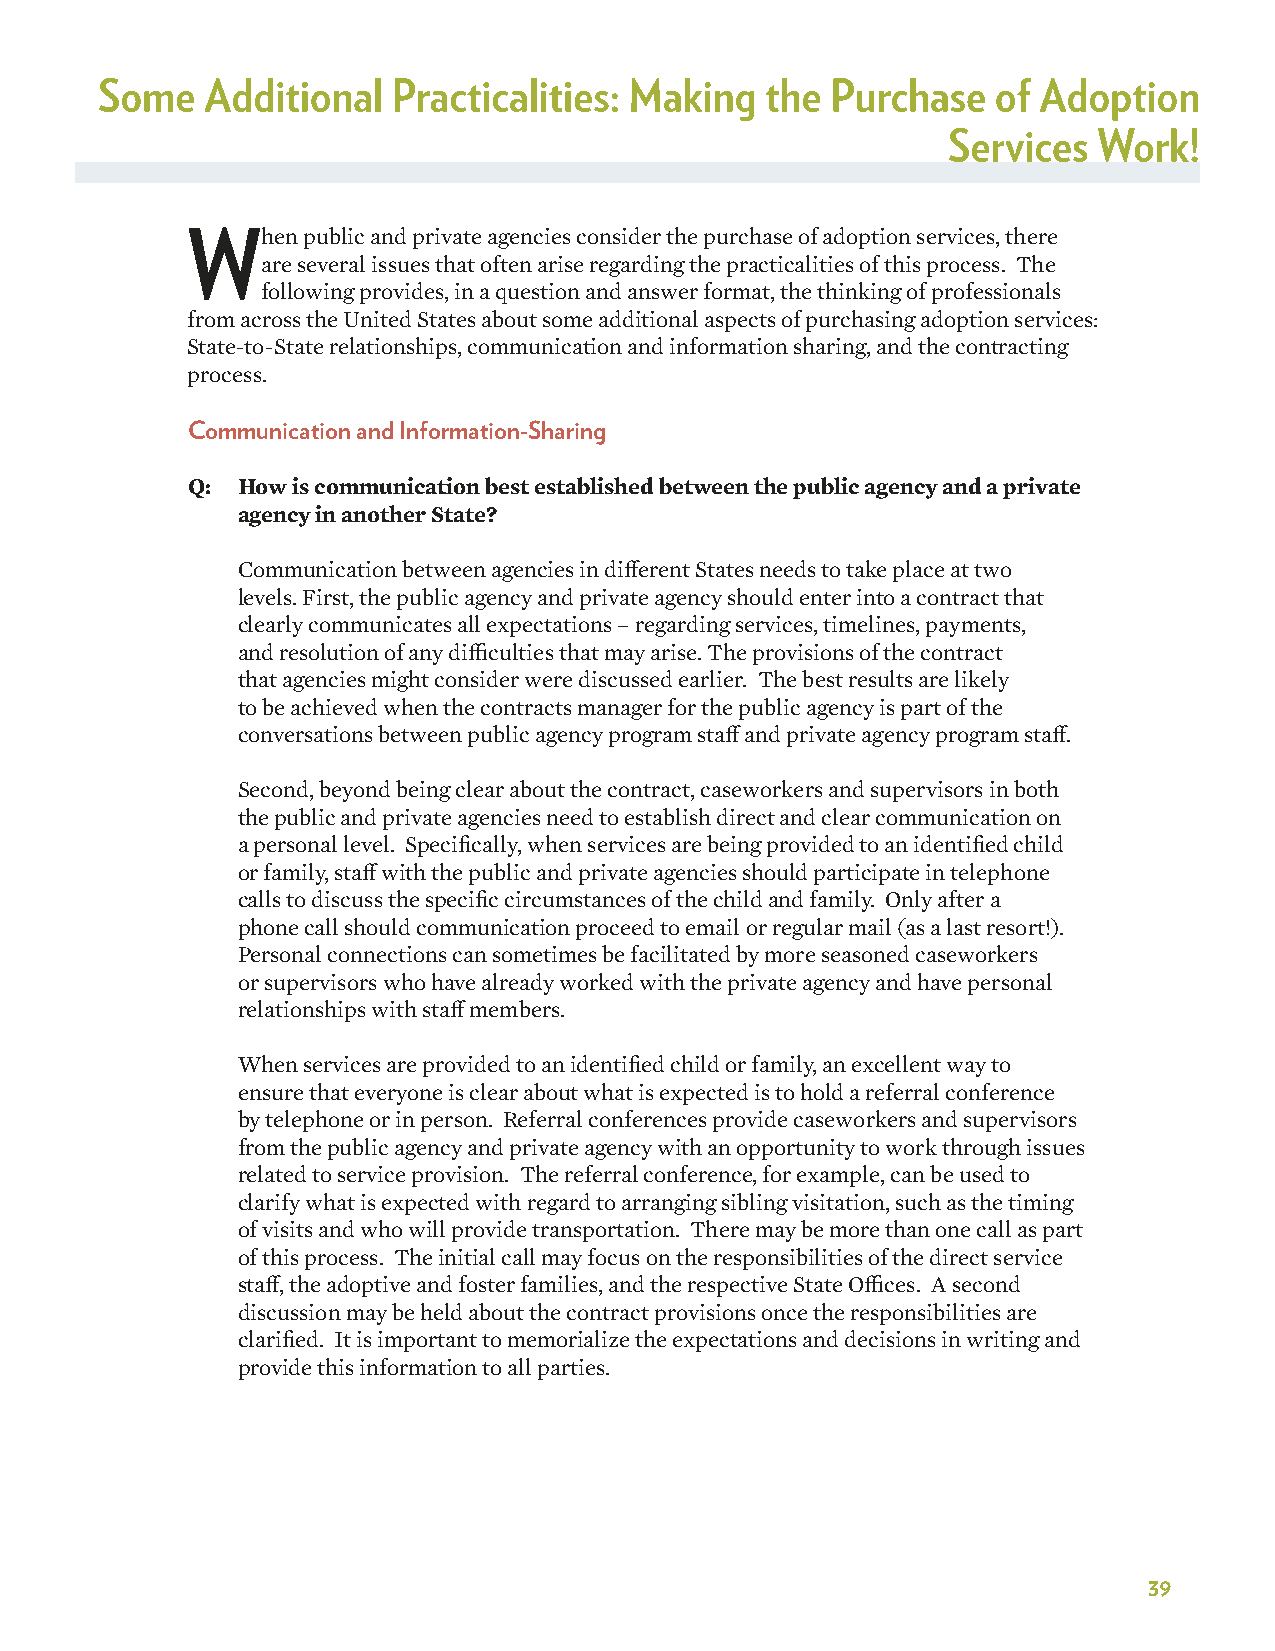
Some   Additional  Practicalities: Making   the Purchase   of Adoption
 Services  Work!
 When    public and private agencies consider the purchase of adoption services, there
 are several issues that often arise regarding the practicalities of this process. The
 following provides, in a question and answer format, the thinking of professionals
 from across the United States about some additional aspects of purchasing adoption services:
 State-to-State relationships, communication and information sharing, and the contracting
 process.
 Communication and Information-Sharing
 Q:  How is communication best established between the public agency and a private
 agency in another State?
 Communication between agencies in different States needs to take place at two
 levels. First, the public agency and private agency should enter into a contract that
 clearly communicates all expectations – regarding services, timelines, payments,
 and resolution of any difficulties that may arise. The provisions of the contract
 that agencies might consider were discussed earlier. The best results are likely
 to be achieved when the contracts manager for the public agency is part of the
 conversations between public agency program staff and private agency program staff.
 Second, beyond being clear about the contract, caseworkers and supervisors in both
 the public and private agencies need to establish direct and clear communication on
 a personal level. Specifically, when services are being provided to an identified child
 or family, staff with the public and private agencies should participate in telephone
 calls to discuss the specific circumstances of the child and family. Only after a
 phone call should communication proceed to email or regular mail (as a last resort!).
 Personal connections can sometimes be facilitated by more seasoned caseworkers
 or supervisors who have already worked with the private agency and have personal
 relationships with staff members.
 When services are provided to an identified child or family, an excellent way to
 ensure that everyone is clear about what is expected is to hold a referral conference
 by telephone or in person. Referral conferences provide caseworkers and supervisors
 from the public agency and private agency with an opportunity to work through issues
 related to service provision. The referral conference, for example, can be used to
 clarify what is expected with regard to arranging sibling visitation, such as the timing
 of visits and who will provide transportation. There may be more than one call as part
 of this process. The initial call may focus on the responsibilities of the direct service
 staff, the adoptive and foster families, and the respective State Offices. A second
 discussion may be held about the contract provisions once the responsibilities are
 clarified. It is important to memorialize the expectations and decisions in writing and
 provide this information to all parties.
 39